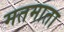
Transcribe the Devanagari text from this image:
मतमाता